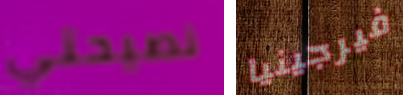
نصيحتي فيرجينيا